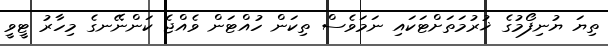
ތިޔަ ޔުނިފޯމުގެ ޚުރުމަތަށްޓަކައި ނަމަވެސް ތިކަން ހުއްޓަން ވެއްޖެ ކަންނޭނގެ މިހާރު ޓީވީ